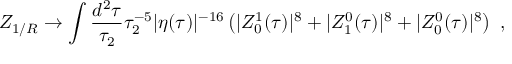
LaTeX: Z _ { 1 / R } \to \int \frac { d ^ { 2 } \tau } { \tau _ { 2 } } \tau _ { 2 } ^ { - 5 } | \eta ( \tau ) | ^ { - 1 6 } \left( | Z _ { 0 } ^ { 1 } ( \tau ) | ^ { 8 } + | Z _ { 1 } ^ { 0 } ( \tau ) | ^ { 8 } + | Z _ { 0 } ^ { 0 } ( \tau ) | ^ { 8 } \right) \ ,